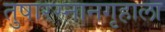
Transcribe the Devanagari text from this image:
तुषारस्नानगृहाला